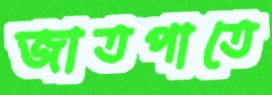
জাতপাতে